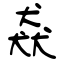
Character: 猋